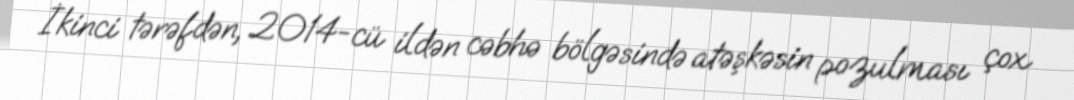
İkinci tərəfdən, 2014-cü ildən cəbhə bölgəsində atəşkəsin pozulması çox